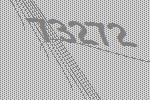
73272